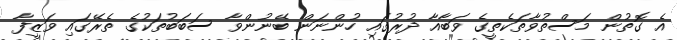
އެ ގޮތުން މަސްތުވާތަކެތީގެ ވަބާއާ ދުރުގައި ހުންނަން ބޭނުންވާ ސަބަބުތަކުގެ ތެރޭގައި ވަޒީފާ